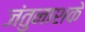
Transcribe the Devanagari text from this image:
जंतुनाशके